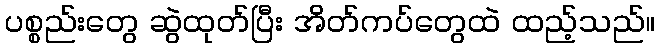
ပစ္စည်းတွေ ဆွဲထုတ်ပြီး အိတ်ကပ်တွေထဲ ထည့်သည်။